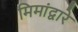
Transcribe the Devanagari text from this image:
मिमांद्वारे